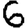
Digit: 6